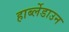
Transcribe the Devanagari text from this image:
हार्ब्लेडाउन